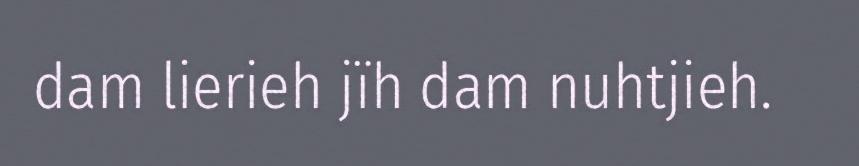
dam lierieh jïh dam nuhtjieh.